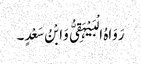
رَوَاہُ الْبَیْہَقِیُّ وَابْنُ سَعْدٍ۔